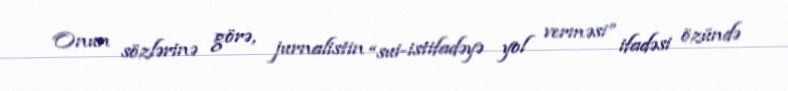
Onun sözlərinə görə, jurnalistin “sui-istifadəyə yol verməsi” ifadəsi özündə